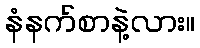
နံနက်စာနဲ့လား။